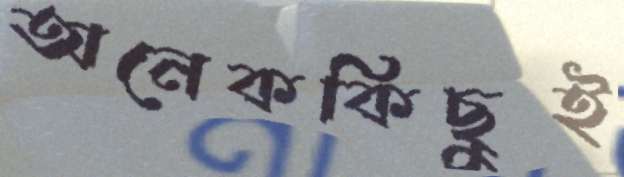
অনেককিছুই